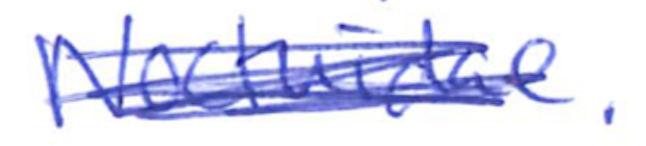
Text: Noctuidae.
Cross-out: scratch
Writing tool: ballpoint